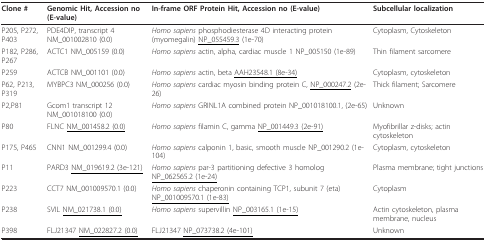
<table><thead><tr><td><b>Clone #</b></td><td><b>Genomic Hit, Accession no (E-value)</b></td><td><b>In-frame ORF Protein Hit, Accession no (E-value)</b></td><td><b>Subcellular localization</b></td></tr></thead><tbody><tr><td>P205, P272, P403</td><td>PDE4DIP, transcript 4 NM_001002810 (0.0)</td><td><i>Homo sapiens </i>phosphodiesterase 4D interacting protein (myomegalin) <underline>NP_055459.3</underline> (1e-70)</td><td>Cytoplasm, Cytoskeleton</td></tr><tr><td>P182, P286, P267</td><td>ACTC1 NM_005159 (0.0)</td><td><i>Homo sapiens </i>actin, alpha, cardiac muscle 1 NP_005150 (1e-89)</td><td>Thin filament sarcomere</td></tr><tr><td>P259</td><td>ACTCB NM_001101 (0.0)</td><td><i>Homo sapiens </i>actin, beta <underline>AAH23548.1 (8e-34)</underline></td><td>Cytoplasm, cytoskeleton</td></tr><tr><td>P62, P213, P319</td><td>MYBPC3 NM_000256 (0.0)</td><td><i>Homo sapiens </i>cardiac myosin binding protein C, <underline>NP_000247.2</underline> (2e-26)</td><td>Thick filament; Sarcomere</td></tr><tr><td>P2,P81</td><td>Gcom1 transcript 12 NM_001018100 (0.0)</td><td><i>Homo sapiens </i>GRINL1A combined protein NP_001018100.1, (2e-65)</td><td>Unknown</td></tr><tr><td>P80</td><td>FLNC <underline>NM_001458.2 (0.0)</underline></td><td><i>Homo sapiens </i>filamin C, gamma <underline>NP_001449.3 (2e-91)</underline></td><td>Myofibrillar z-disks; actin cytoskeleton</td></tr><tr><td>P175, P465</td><td>CNN1 NM_001299.4 (0.0)</td><td><i>Homo sapiens </i>calponin 1, basic, smooth muscle NP_001290.2 (1e-104)</td><td>Cytoplasm, cytoskeleton</td></tr><tr><td>P11</td><td>PARD3 <underline>NM_019619.2 (3e-121)</underline></td><td><i>Homo sapiens </i>par-3 partitioning defective 3 homolog <underline>NP_062565.2 (1e-24)</underline></td><td>Plasma membrane; tight junctions</td></tr><tr><td>P223</td><td>CCT7 NM_001009570.1 (0.0)</td><td><i>Homo sapiens </i>chaperonin containing TCP1, subunit 7 (eta) <underline>NP_001009570.1 (1e-83)</underline></td><td>Cytoplasm</td></tr><tr><td>P238</td><td>SVIL <underline>NM_021738.1 (0.0)</underline></td><td><i>Homo sapiens </i>supervillin <underline>NP_003165.1 (1e-15)</underline></td><td>Actin cytoskeleton, plasma membrane, nucleus</td></tr><tr><td>P398</td><td>FLJ21347 <underline>NM_022827.2 (0.0)</underline></td><td>FLJ21347 <underline>NP_073738.2 (4e-101)</underline></td><td>Unknown</td></tr></tbody></table>